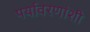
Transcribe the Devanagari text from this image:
पर्यावरणांशी